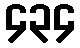
၄၃၄